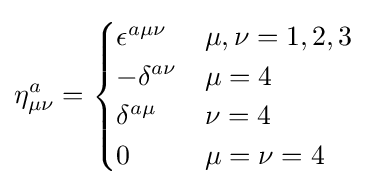
\eta _{\mu \nu }^{a}={\begin{cases}\epsilon ^{a\mu \nu }&\mu ,\nu =1,2,3\\-\delta ^{a\nu }&\mu =4\\\delta ^{a\mu }&\nu =4\\0&\mu =\nu =4\end{cases}}